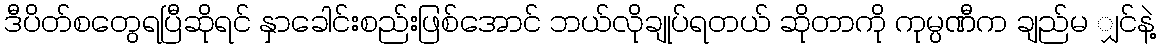
ဒီပိတ်စတွေရပြီဆိုရင် နှာခေါင်းစည်းဖြစ်အောင် ဘယ်လိုချုပ်ရတယ် ဆိုတာကို ကုမ္ပဏီက ချည်မ ျှင်နဲ့